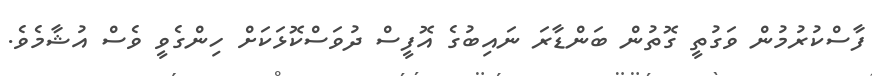
ފާސްކުރުމުން ވަގުތީ ގޮތުން ބަންޑާރަ ނައިބުގެ އޮފީސް ދުވަސްކޮޅަކަށް ހިންގެވީ ވެސް އުޝާމެވެ.